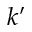
k ^ { \prime }